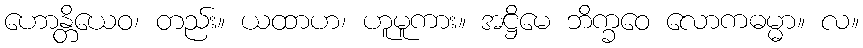
ဟောန္တိယေဝ၊ တည်း။ ယထာဟ၊ ဟူမူကား။ အဋ္ဌိမေ ဘိက္ခဝေ လောကဓမ္မာ။ လ။